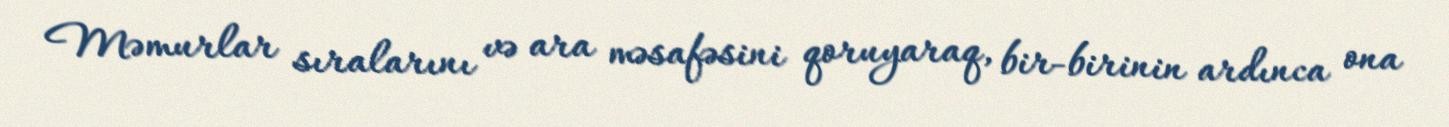
Məmurlar sıralarını və ara məsafəsini qoruyaraq, bir-birinin ardınca ona